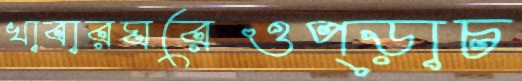
খাবারঘরেওপ্‌ড়াচ